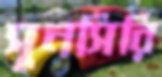
সুনসিরি